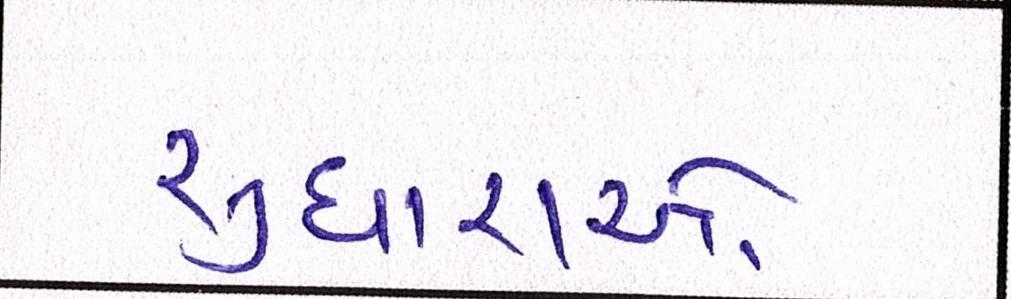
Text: સુધારાઓ